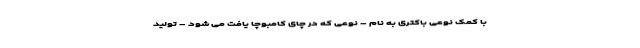
با کمک نوعی باکتری به نام – نوعی که در چای کامبوچا یافت می شود – تولید